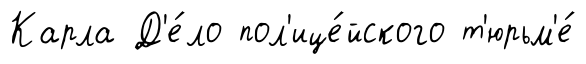
Карла Д'е́ло пол'ице́йского т'юрьм'е́